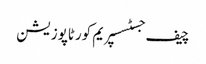
چیف جسٹسسپریم کورٹاپوزیشن